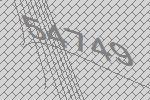
54749